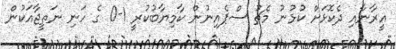
އީރާނާއި ދެކޮޅަށް ކުޅުނު މެޗު ސްޕެއިނުން ކާމިޔާބުކުރީ 1-0 ގެ ހަނި ނަތީޖާއަކުން